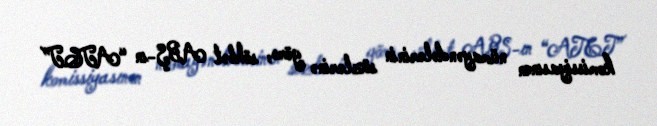
komissiyasının nümayəndələrinin sözlərinə görə, söhbət ABŞ-ın “AT&T”